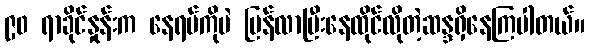
၉၀ ရာခိုင်နှုန်းက နေရပ်ကိုပဲ ပြန်လာပြီးနေထိုင်လိုတဲ့ဆန္ဒရှိနေကြပါတယ်။